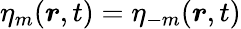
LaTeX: \eta_{m}(\boldsymbol{r},t)=\eta_{-m}(\boldsymbol{r},t)